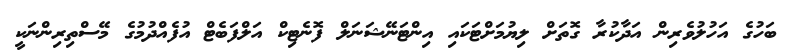
ބަހުގެ އަހުލުވެރިން އަދާކުރާ ގޮތަށް ލިޔުމަށްޓަކައި އިންޓަނޭޝަނަލް ފޮނެޓިކް އަލްފަބެޓް އުފެއްދުމުގެ މޭސްތިރިންނަކީ